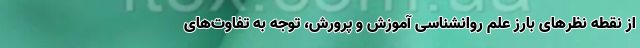
از نقطه نظرهای بارز علم روانشناسی آموزش و پرورش، توجه به تفاوت‌های